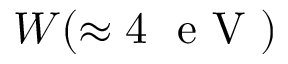
W ( \approx 4 \ \textrm { e V } )